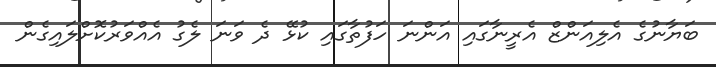
ބަޔާނުގެ އެލިއަންޒް އެރީނާގައި އަންނަ ހަފުތާގައި ކުޅޭ ދެ ވަނަ ލެގު އެއްވަރުކޮށްލައިގެން